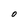
Character: O